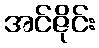
အင်ဇိုင်း